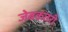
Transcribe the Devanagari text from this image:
जेबकतरी